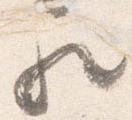
歟